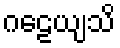
ဂဠေယျသိ